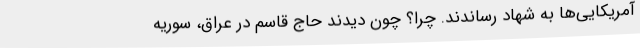
آمریکایی‌ها به شهاد رساندند. چرا؟ چون دیدند حاج قاسم در عراق، سوریه